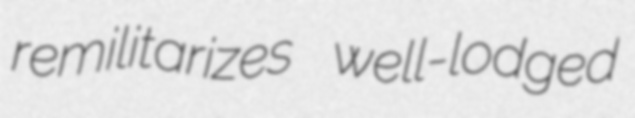
remilitarizes well-lodged